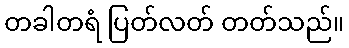
တခါတရံ ပြတ်လတ် တတ်သည်။